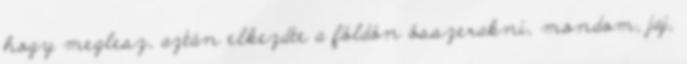
hogy meglesz, aztán elkezdte a földön összerakni, mondom, jaj,